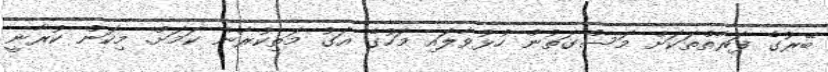
ބޭރުގެ ފަރާތްތަކަށް މަސްގަތުން ހުޅުވާލައި މަހުގެ އަގު މަތިކުރާނެ ކަމަށް. މިކަން ކުރާނީ